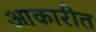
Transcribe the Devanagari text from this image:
आकारीत